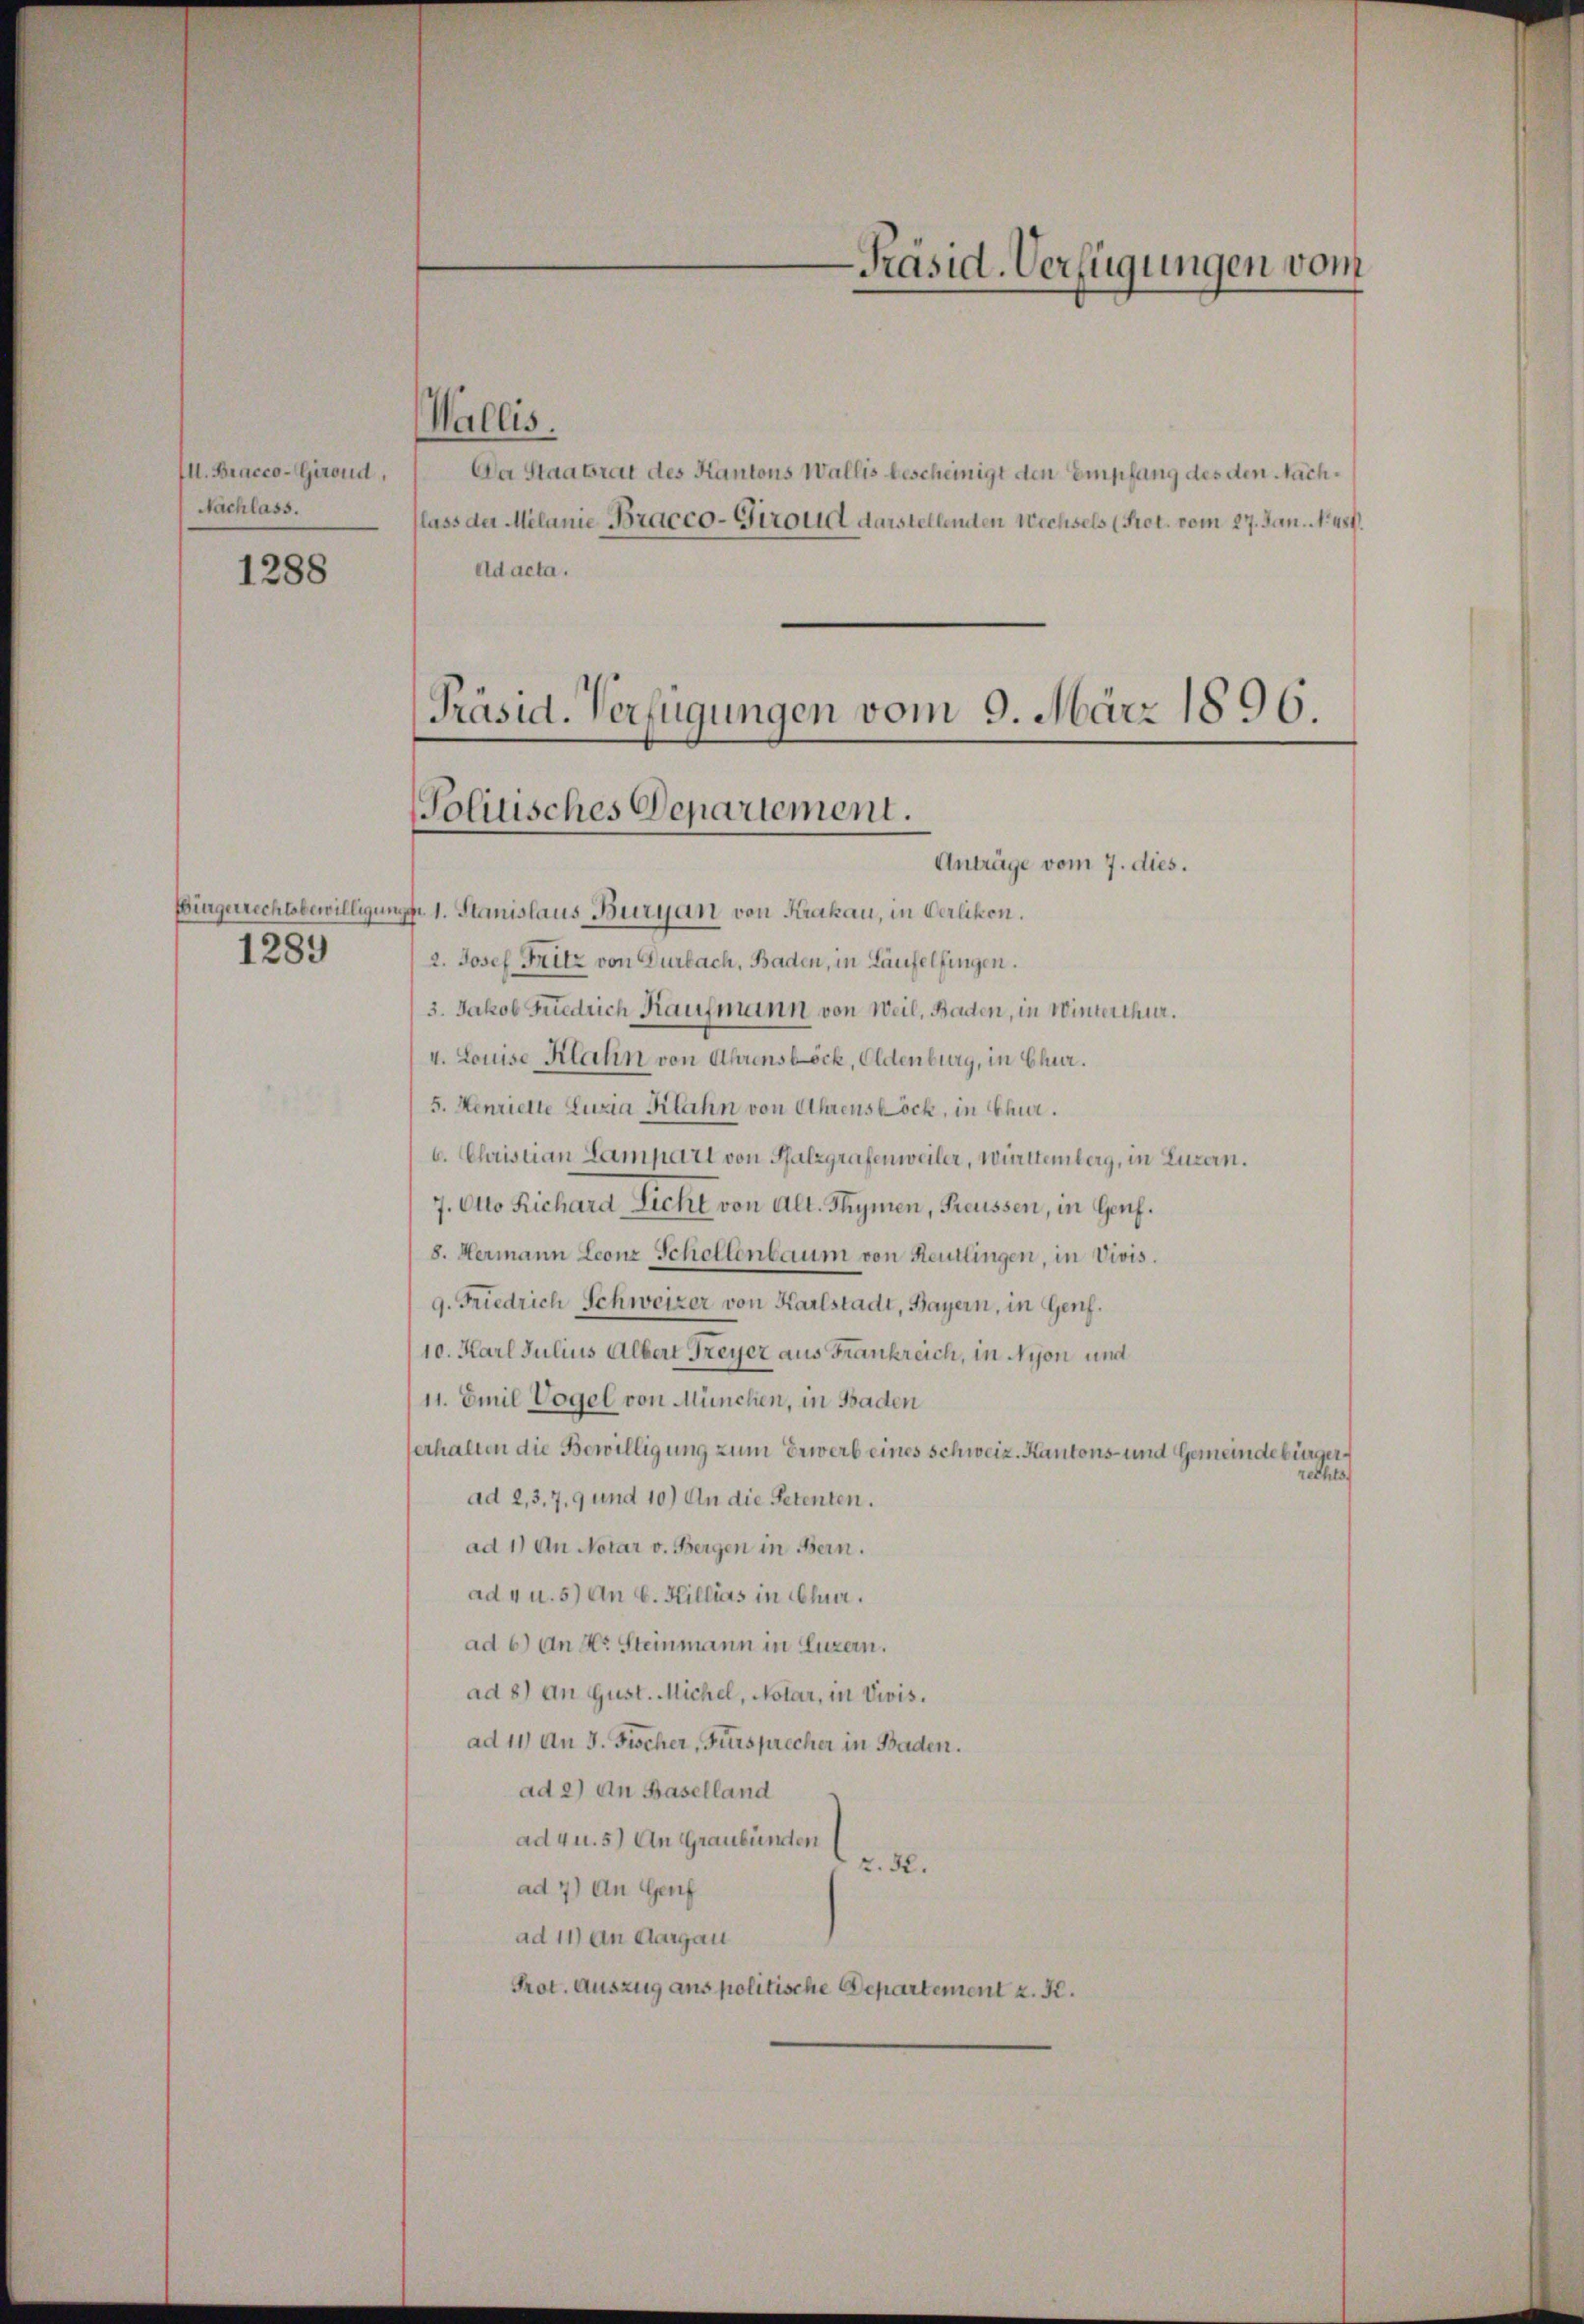
Ill. Bracco-Girond,
Nachlass.
1288

1289

Wallis.

Präsid. Verfügungen vom

Da Staatsrat des Kantons Wallis bescheinigt den Empfang des den Nachflass der Melanie Bracco-Girold darstellenden Wechsels (Prot. vom 27. Jan. No. 481.
Ad acta.

Präsid. Verfügungen vom 9. März 1896.
Politisches Departement.

Anträge vom 7. dies.
Bingerrechtsbewilligung 1. Stanislaus Burgan von Krakau, in Oerlikon.
2. Josef Fritz von Durbach, Baden, in Laufelfingen.
3. Jakob Friedrich Kaufmann von Weil, Baden, in Winterthur.
4. Louise Klatin von Ahrensböck, Eldenburg, in Chur.
5. Henzielte Luzia Kahn von Ahrenstock, in Chur.
6. Christian Lampart von Pfalzgrafenweiler, Württemberg, in Luzern.
7. Otto Richard Licht von Alt. Thymen, Preussen, in Genf.
8. Hermann Leonz Scheltenbaum von Reutlingen, in Divis.
9. Friedrich Schweizer von Karlstadt, Bayern, in Genf.
10. Karl Julius Albert Freyer aus Frankreich, in Nyon und
11. Emil Vogel von München, in Baden
erhalten die Bewilligung zum Erwerb eines Schweiz. Kantons- und Gemeindebürgerad 2, 3, 7, 9 und 10) An die Petenten.
ad 1) An Notar v. Bergen in Bern.
ad 4 u. 5) An E. Hillias in Chur.
ad 6) An Hr. Steinmann in Luzern.
ad 8) an Gust. Michel, Notar, in Vivis.
ad 11) An 3. Fischer, Fürsprecher in Baden.
ad 2) an Baselland
ad 4 u. 5) An Graubünden
2.2.
ad 7) An Genf
ad 11) an Aargau
Prot. Auszug ans politische Departement z. R.

rechts